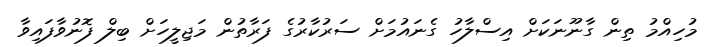
މުހިއްމު ތިން ގާނޫނަކަށް އިސްލާހު ގެނައުމަށް ސަރުކާރުގެ ފަރާތުން މަޖިލީހަށް ބިލް ފޮނުވާފައިވާ